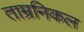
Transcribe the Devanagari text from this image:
ताम्रनिकल